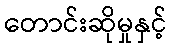
တောင်းဆိုမှုနှင့်